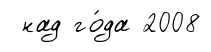
над го́да 2008